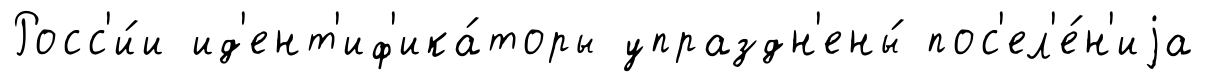
Росс'и́и ид'ент'иф'ика́торы упраздн'ены́ пос'ел'е́н'иjа